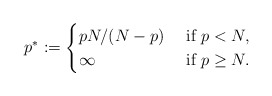
\begin{align*}p^* := \begin{cases} pN/(N-p) & \mbox{ if } p < N, \\ \infty & \mbox{ if } p \ge N. \end{cases}\end{align*}